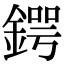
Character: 鍔